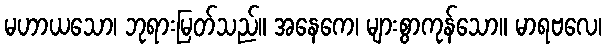
မဟာယသော၊ ဘုရားမြတ်သည်။ အနေကေ၊ များစွာကုန်သော။ မာရဗလေ၊